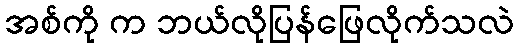
အစ်ကို က ဘယ်လိုပြန်ဖြေလိုက်သလဲ